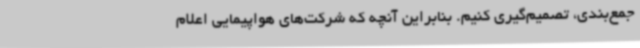
جمع‌بندی، تصمیم‌گیری کنیم. بنابراین آنچه که شرکت‌های هواپیمایی اعلام